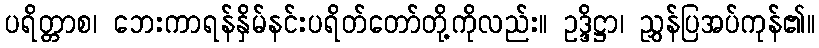
ပရိတ္တာစ၊ ဘေးကာရန်နှိမ်နင်းပရိတ်တော်တို့ကိုလည်း။ ဥဒ္ဒိဋ္ဌာ၊ ညွှန်ပြအပ်ကုန်၏။